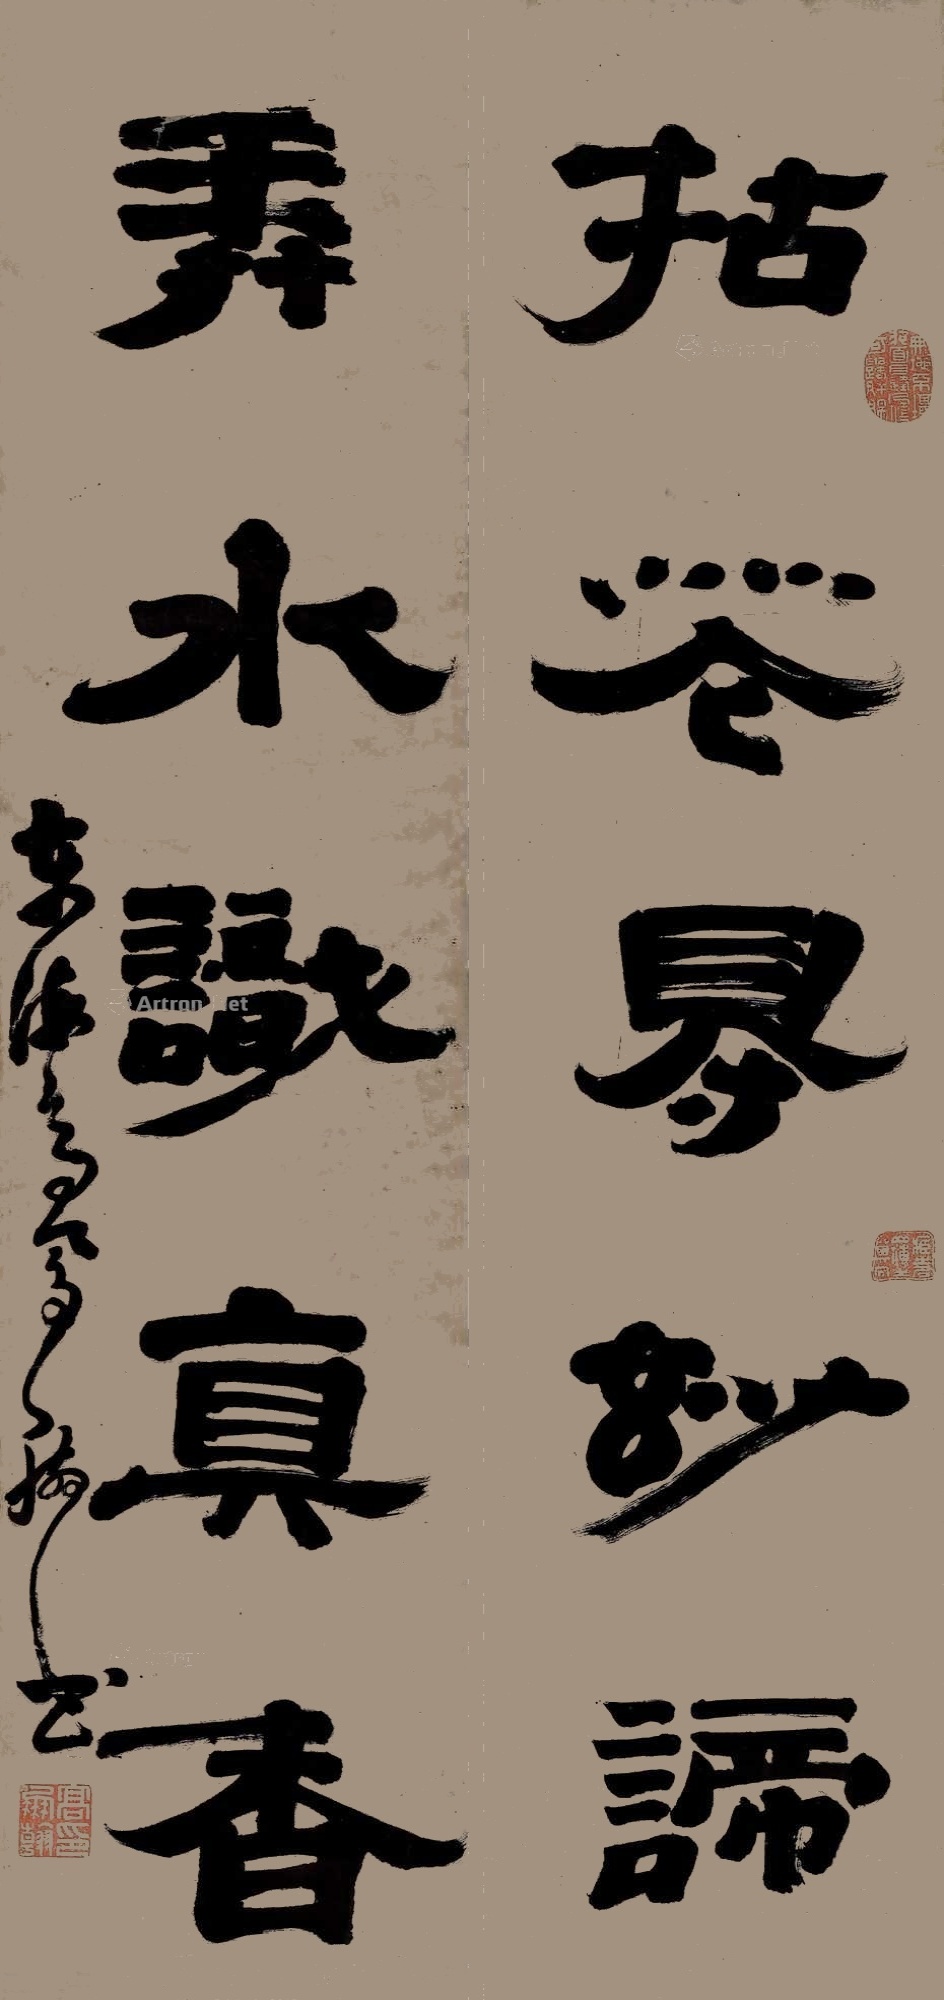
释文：拈花得妙谛，弄水识真香。东海高凤翰书。